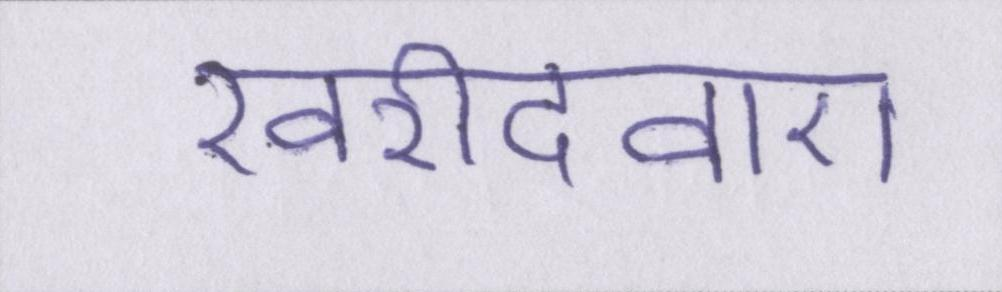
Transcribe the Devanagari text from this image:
खरीदवाए